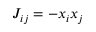
J _ { i j } = - x _ { i } x _ { j }